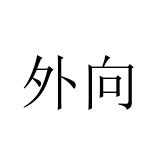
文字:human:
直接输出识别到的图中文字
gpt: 外向